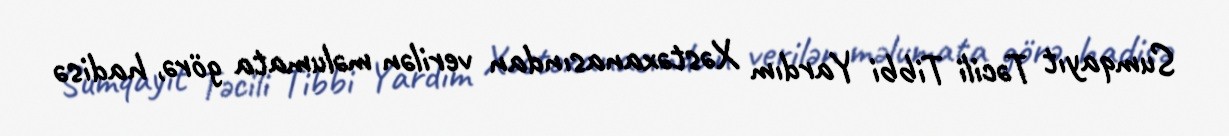
Sumqayıt Təcili Tibbi Yardım Xəstəxanasından verilən məlumata görə, hadisə